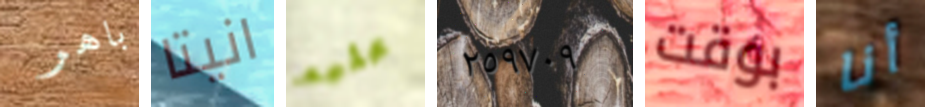
باهر انيتا عليه ٢٥٩٧٠٩ بوقت أنا